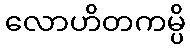
လောဟိတကမ္ပိ